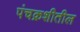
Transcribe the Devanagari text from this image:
पंचक्रशीतील